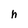
Character: h